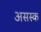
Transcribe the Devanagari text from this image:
असस्क